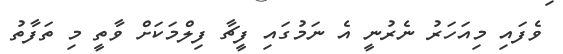
ވެފައި މިއަހަރު ނެރުނީ އެ ނަމުގައި ފީޗާ ފިލްމަކަށް ވާތީ މި ތަފާތު